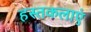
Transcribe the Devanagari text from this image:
हस्तकलाएं